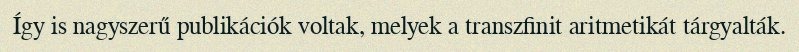
Így is nagyszerű publikációk voltak, melyek a transzfinit aritmetikát tárgyalták.